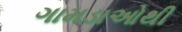
ગામડાઓથી